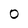
Character: 0